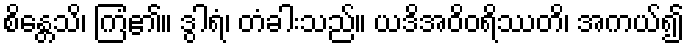
စိန္တေသိ၊ ကြံ၏။ ဒွါရံ၊ တံခါးသည်။ ယဒိအဝိဝရိဿတိ၊ အကယ်၍